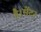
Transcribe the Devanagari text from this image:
है।सेंटर